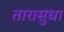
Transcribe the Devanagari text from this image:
तारासुधा